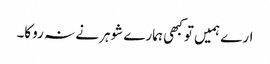
ارے ہمیں تو کبھی ہمارے شوہر نے نہ روکا۔